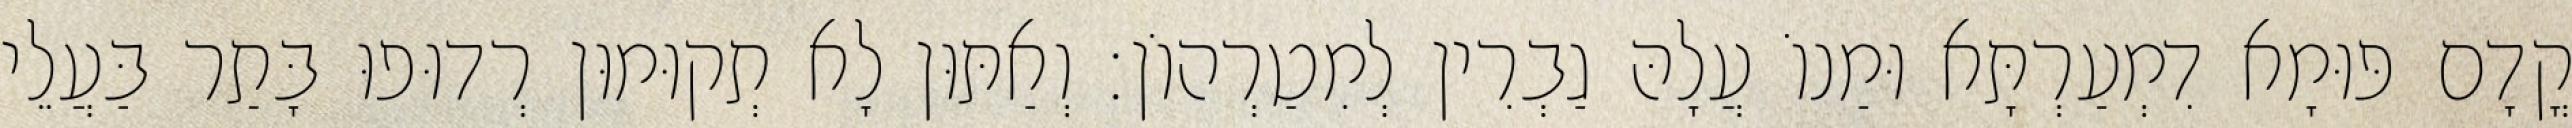
קֳדָם פּוּמָא דִמְעַרְתָּא וּמַנוֹ עֲלָהּ גַבְרִין לְמִטַרְהוֹן׃ וְאַתּוּן לָא תְקוּמוּן רְדוּפוּ בָּתַר בַּעֲלֵי